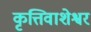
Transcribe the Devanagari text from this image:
कृत्तिवाशेश्वर